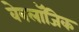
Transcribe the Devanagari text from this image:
वेबलॉजिक